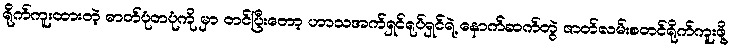
ရိုက်ကူးထားတဲ့ ဓာတ်ပုံတပုံကို မှာ တင်ပြီးတော့ ဟာသအက်ရှင်ရုပ်ရှင်ရဲ့ နောက်ဆက်တွဲ ဇာတ်လမ်းစတင်ရိုက်ကူးဖို့